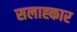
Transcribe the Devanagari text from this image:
सलाह्कार